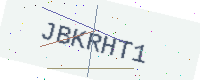
Text: JBKRHT1